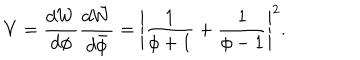
V = \frac { d W } { d \phi } \frac { d \bar { W } } { d \bar { \phi } } = \left| \frac { 1 } { \phi + 1 } + \frac { 1 } { \phi - 1 } \right| ^ { 2 } .